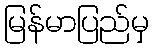
မြန်မာပြည်မှ